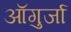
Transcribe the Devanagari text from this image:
ऑगुर्जा